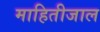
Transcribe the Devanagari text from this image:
माहितीजाल